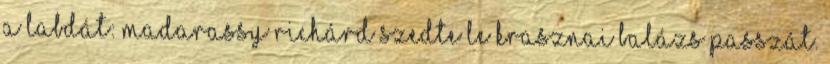
a labdát: Madarassy Richárd szedte le Krasznai Balázs passzát.